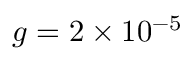
g = 2 \times 1 0 ^ { - 5 }